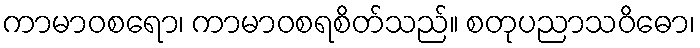
ကာမာဝစရော၊ ကာမာဝစရစိတ်သည်။ စတုပညာသဝိဓော၊